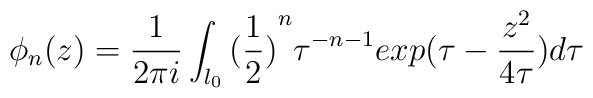
\phi _{n}(z)=\frac{1}{2\pi i}\int_{l_{0}}{(\frac{1}{2})}^{n}\tau^{-n-1}exp(\tau -\frac{z^{2}}{4\tau })d\tau